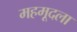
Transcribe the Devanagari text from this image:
महमूदला